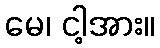
မေ၊ ငါ့အား။